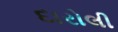
દારોલી